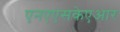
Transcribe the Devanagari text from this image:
एनएएसकेएआर